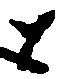
と